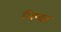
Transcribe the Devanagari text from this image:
लिप्का